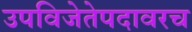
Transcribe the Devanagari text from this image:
उपविजेतेपदावरच